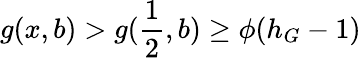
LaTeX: g(x,b)>g(\frac{1}{2},b)\geq\phi(h_{G}-1)